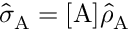
\hat { \sigma } _ { \mathrm { A } } = [ \mathrm { A } ] \hat { \rho } _ { \mathrm { A } }